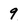
Character: 9